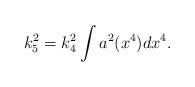
LaTeX: \begin{align*}k_{5}^{2}=k_{4}^{2}\int a^{2}(x^{4})dx^{4}.\end{align*}